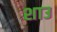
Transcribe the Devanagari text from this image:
शाउ